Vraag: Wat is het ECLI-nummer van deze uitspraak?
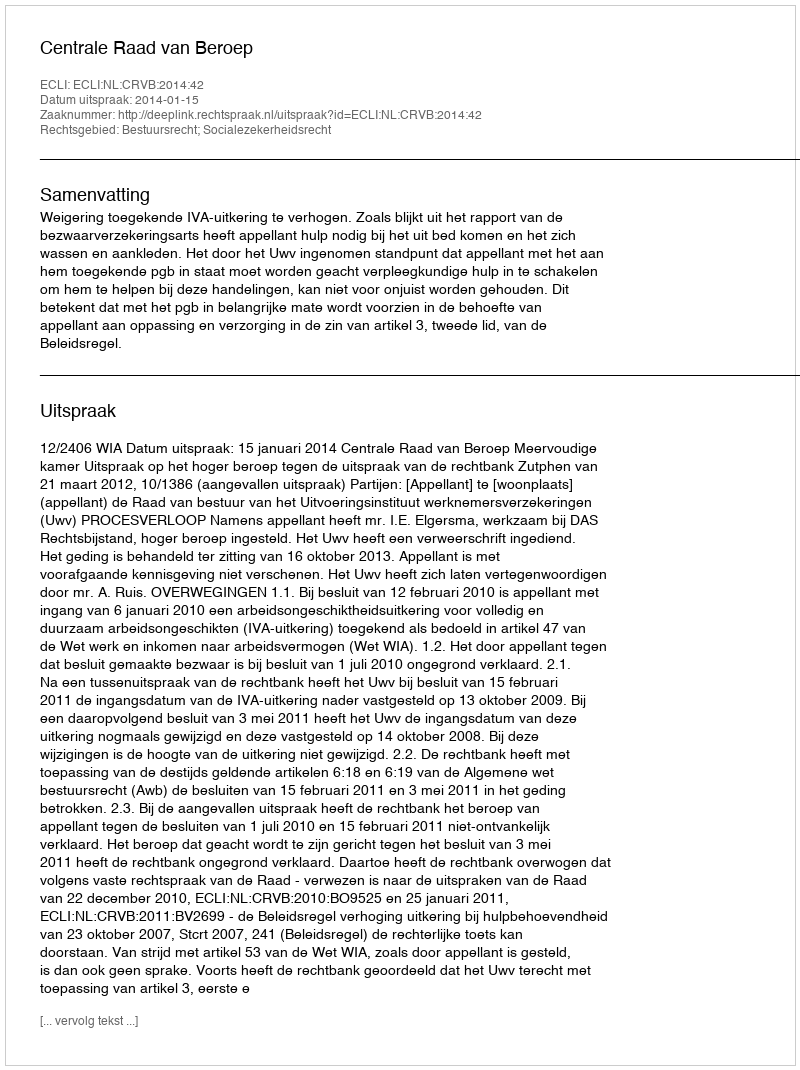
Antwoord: ECLI:NL:CRVB:2014:42